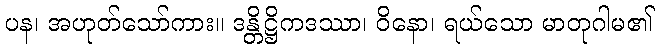
ပန၊ အဟုတ်သော်ကား။ ဒန္တိဋ္ဌိကဒဿာ၊ ဝိနော၊ ရယ်သော မာတုဂါမ၏